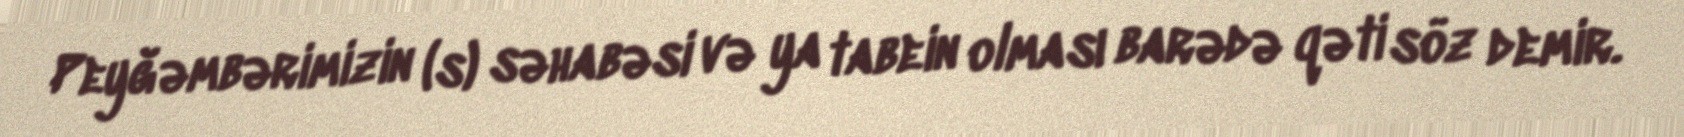
Peyğəmbərimizin (s) səhabəsi və ya tabein olması barədə qəti söz demir.